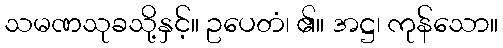
သမဏသုခသို့နှင့်။ ဥပေတံ၊ ၏။ အဋ္ဌ၊ ကုန်သော။